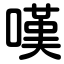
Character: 嘆